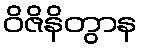
ဝိဇိနိတွာန